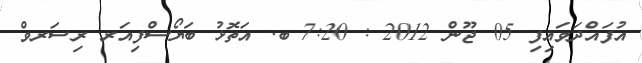
އުފައްދަވައިފި 05 ޖޫން 2012 : 7:20 ބ. އަތޮޅު ބަޔޯސްފިއަރ ރިސަރވް